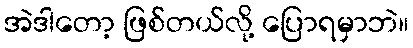
အဲဒါတော့ ဖြစ်တယ်လို့ ပြောရမှာဘဲ။